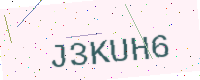
Text: J3KUH6